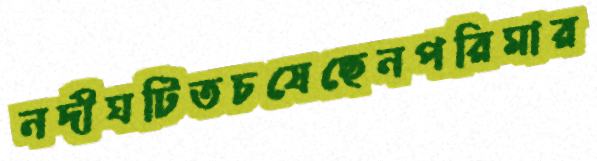
নদীঘটিতচষেছেনপরিমার